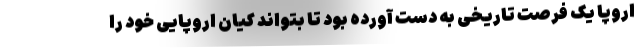
اروپا یک فرصت تاریخی به دست آورده بود تا بتواند کیان اروپایی خود را